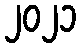
၂၀၂၁